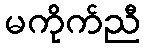
မကိုက်ညီ